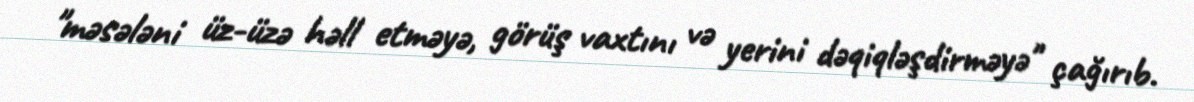
"məsələni üz-üzə həll etməyə, görüş vaxtını və yerini dəqiqləşdirməyə" çağırıb.